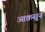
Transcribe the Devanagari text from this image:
आक्रसून